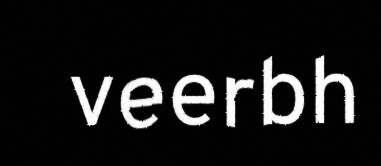
veerbh